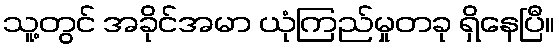
သူ့တွင် အခိုင်အမာ ယုံကြည်မှုတခု ရှိနေပြီ။